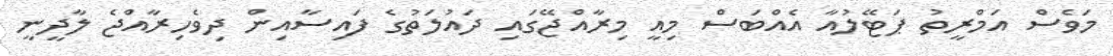
މަވެސް އަމްރީތު ޕަޓޭލުއާ އެއްބަސް މިއީ މިރާއްޖޭގައި ދައުލަތުގެ ފައިސާއިން ދިވެހިރާއްޖެ ލާދީނީ